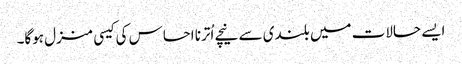
ایسے حالات میں بلندی سے نیچے اُترنا احساس کی کیسی منزل ہوگا۔